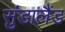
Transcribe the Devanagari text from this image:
सुंडालैंड